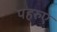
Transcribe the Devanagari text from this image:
पहरुए